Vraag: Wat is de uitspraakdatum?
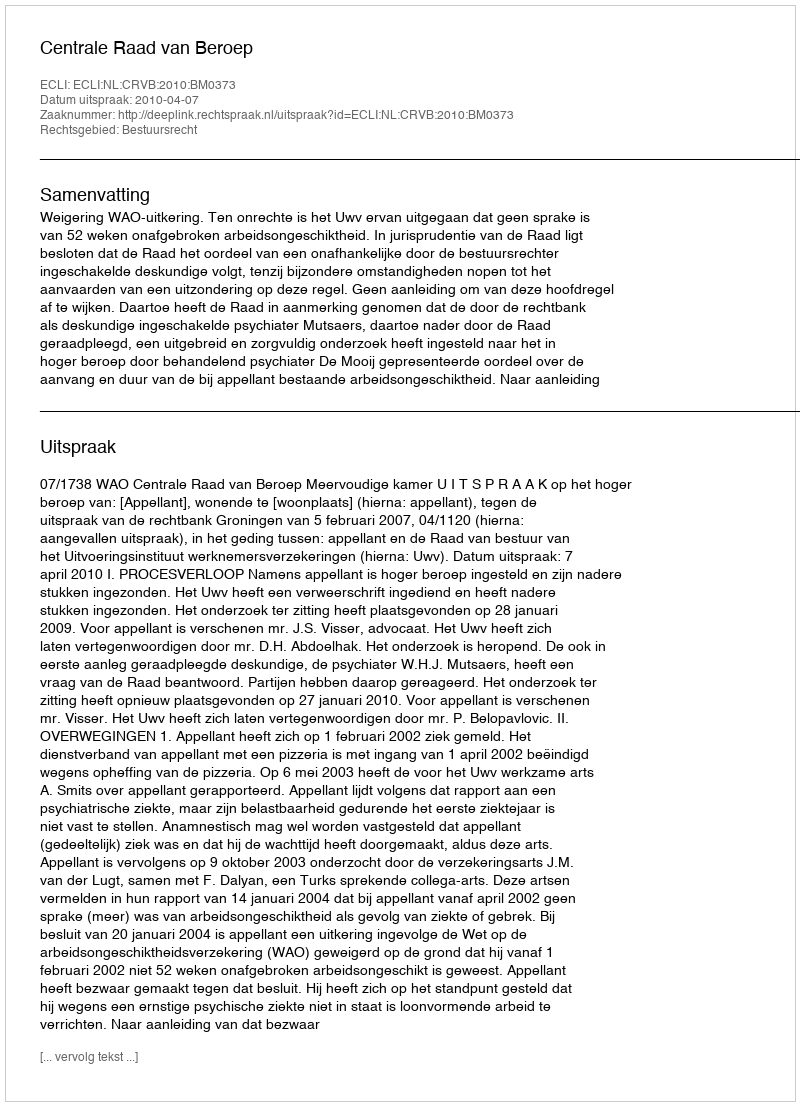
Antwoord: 2010-04-07